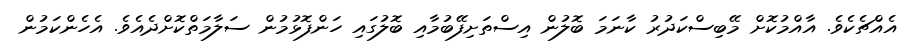
އެއްޗެކެވެ. އާއްމުކޮށް މޭބިސްކަދުރު ކާނަމަ ބޮލުން އިސްތަށިފޭބުމާއި ބޮލުގައި ހަންފޮޅުމުން ސަލާމަތްކޮށްދެއެވެ. އެހެންކަމުން